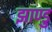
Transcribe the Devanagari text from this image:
झाण्डु